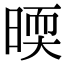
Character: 㬉